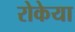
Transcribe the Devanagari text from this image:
रोकेया